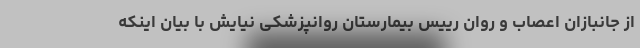
از جانبازان اعصاب و روان رییس بیمارستان روانپزشکی نیایش با بیان اینکه